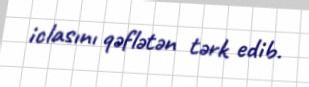
iclasını qəflətən tərk edib.